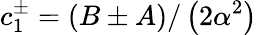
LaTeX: c_{1}^{\pm}=\left(B\pm A\right)/\left(2\alpha^{2}\right)